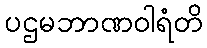
ပဌမဘာဏဝါရံတိ